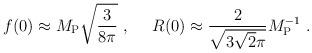
LaTeX: \begin{align*}f(0) \approx M_{\rm P} \sqrt{3\over 8\pi} \ , ~~~~ R(0) \approx {2 \over\sqrt{3\sqrt 2\pi}} M_{\rm P}^{-1} \ .\end{align*}